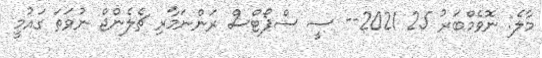
މާލެ: ނޮވެމްބަރު 25 2021-- ސީ ސްޕޯޓްސް ރަންނަމާރި ޗެލެންޖް ނުވަތަ ގައުމީ